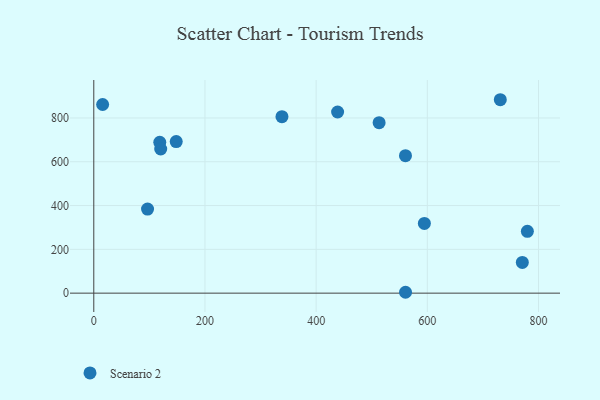
{"axis": {"x": "Distance", "y": "Demand"}, "legend": ["Scenario 2"], "data": [{"x": "15.9", "y": 861.3, "type": "Scenario 2"}, {"x": "731.3", "y": 883.2, "type": "Scenario 2"}, {"x": "770.9", "y": 140.1, "type": "Scenario 2"}, {"x": "594.7", "y": 318.5, "type": "Scenario 2"}, {"x": "438.6", "y": 827.2, "type": "Scenario 2"}, {"x": "118.7", "y": 688.7, "type": "Scenario 2"}, {"x": "560.8", "y": 4.0, "type": "Scenario 2"}, {"x": "148.3", "y": 692.1, "type": "Scenario 2"}, {"x": "338.5", "y": 805.6, "type": "Scenario 2"}, {"x": "96.7", "y": 383.7, "type": "Scenario 2"}, {"x": "780.0", "y": 282.4, "type": "Scenario 2"}, {"x": "513.3", "y": 778.3, "type": "Scenario 2"}, {"x": "560.7", "y": 627.7, "type": "Scenario 2"}, {"x": "120.4", "y": 658.3, "type": "Scenario 2"}]}